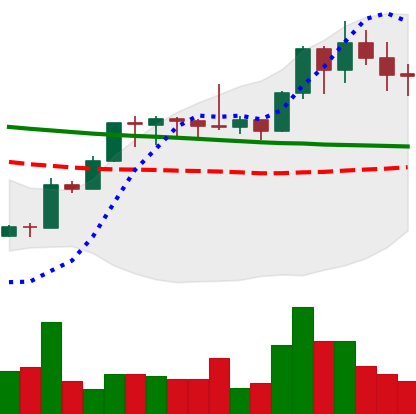
Ticker: XMR-USD
Chart end date: 2020-01-20
Forward return: -5.336%
Label: down_5_7